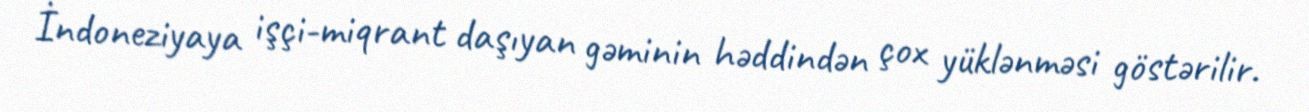
İndoneziyaya işçi-miqrant daşıyan gəminin həddindən çox yüklənməsi göstərilir.